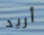
أريد